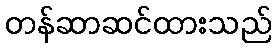
တန်ဆာဆင်ထားသည်